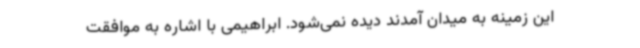
این زمینه به میدان آمدند دیده نمی‌شود. ابراهیمی با اشاره به موافقت